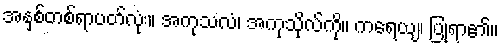
အနှစ်တစ်ရာပတ်လုံး။ အကုသလံ၊ အကုသိုလ်ကို။ ကရေယျ၊ ပြုရာ၏။